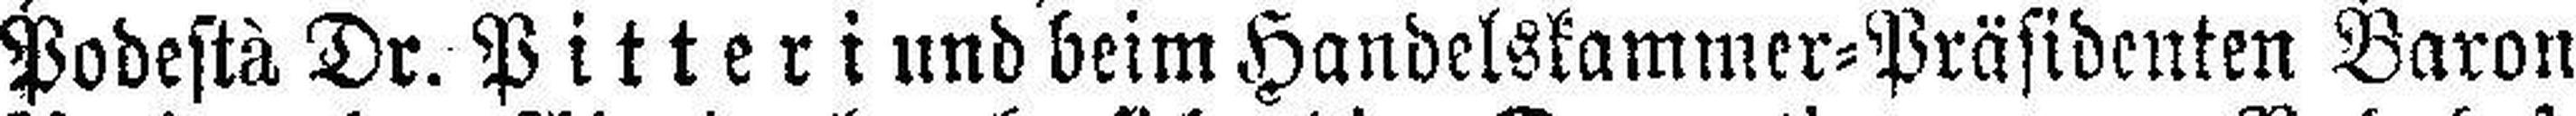
Podestà Dr. Pitteri und beim Handelskammer=Präsidenten Baron